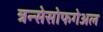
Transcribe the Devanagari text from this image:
त्रन्सेसोफगेअल